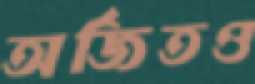
অর্জিতও